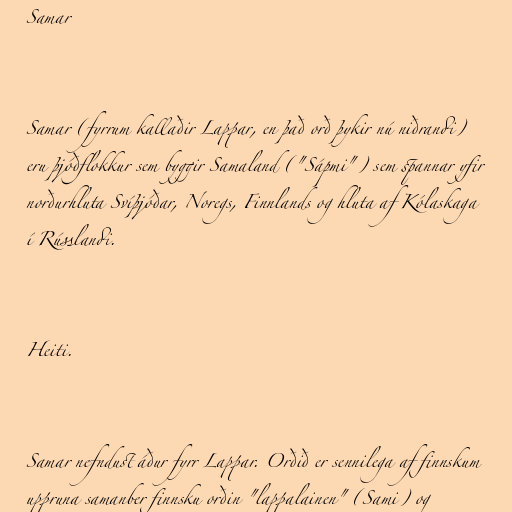
Samar

Samar (fyrrum kallaðir Lappar, en það orð þykir nú niðrandi)
eru þjóðflokkur sem byggir Samaland ("Sápmi") sem spannar yfir
norðurhluta Svíþjóðar, Noregs, Finnlands og hluta af Kólaskaga
í Rússlandi.

Heiti.

Samar nefndust áður fyrr Lappar. Orðið er sennilega af finnskum
uppruna samanber finnsku orðin "lappalainen" (Sami) og